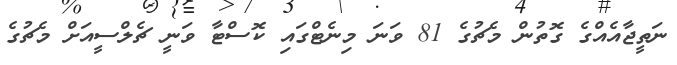
ނަތީޖާއެއްގެ ގޮތުން މެޗުގެ 81 ވަނަ މިނެޓްގައި ކޮސްޓާ ވަނީ ޗެލްސީއަށް މެޗުގެ